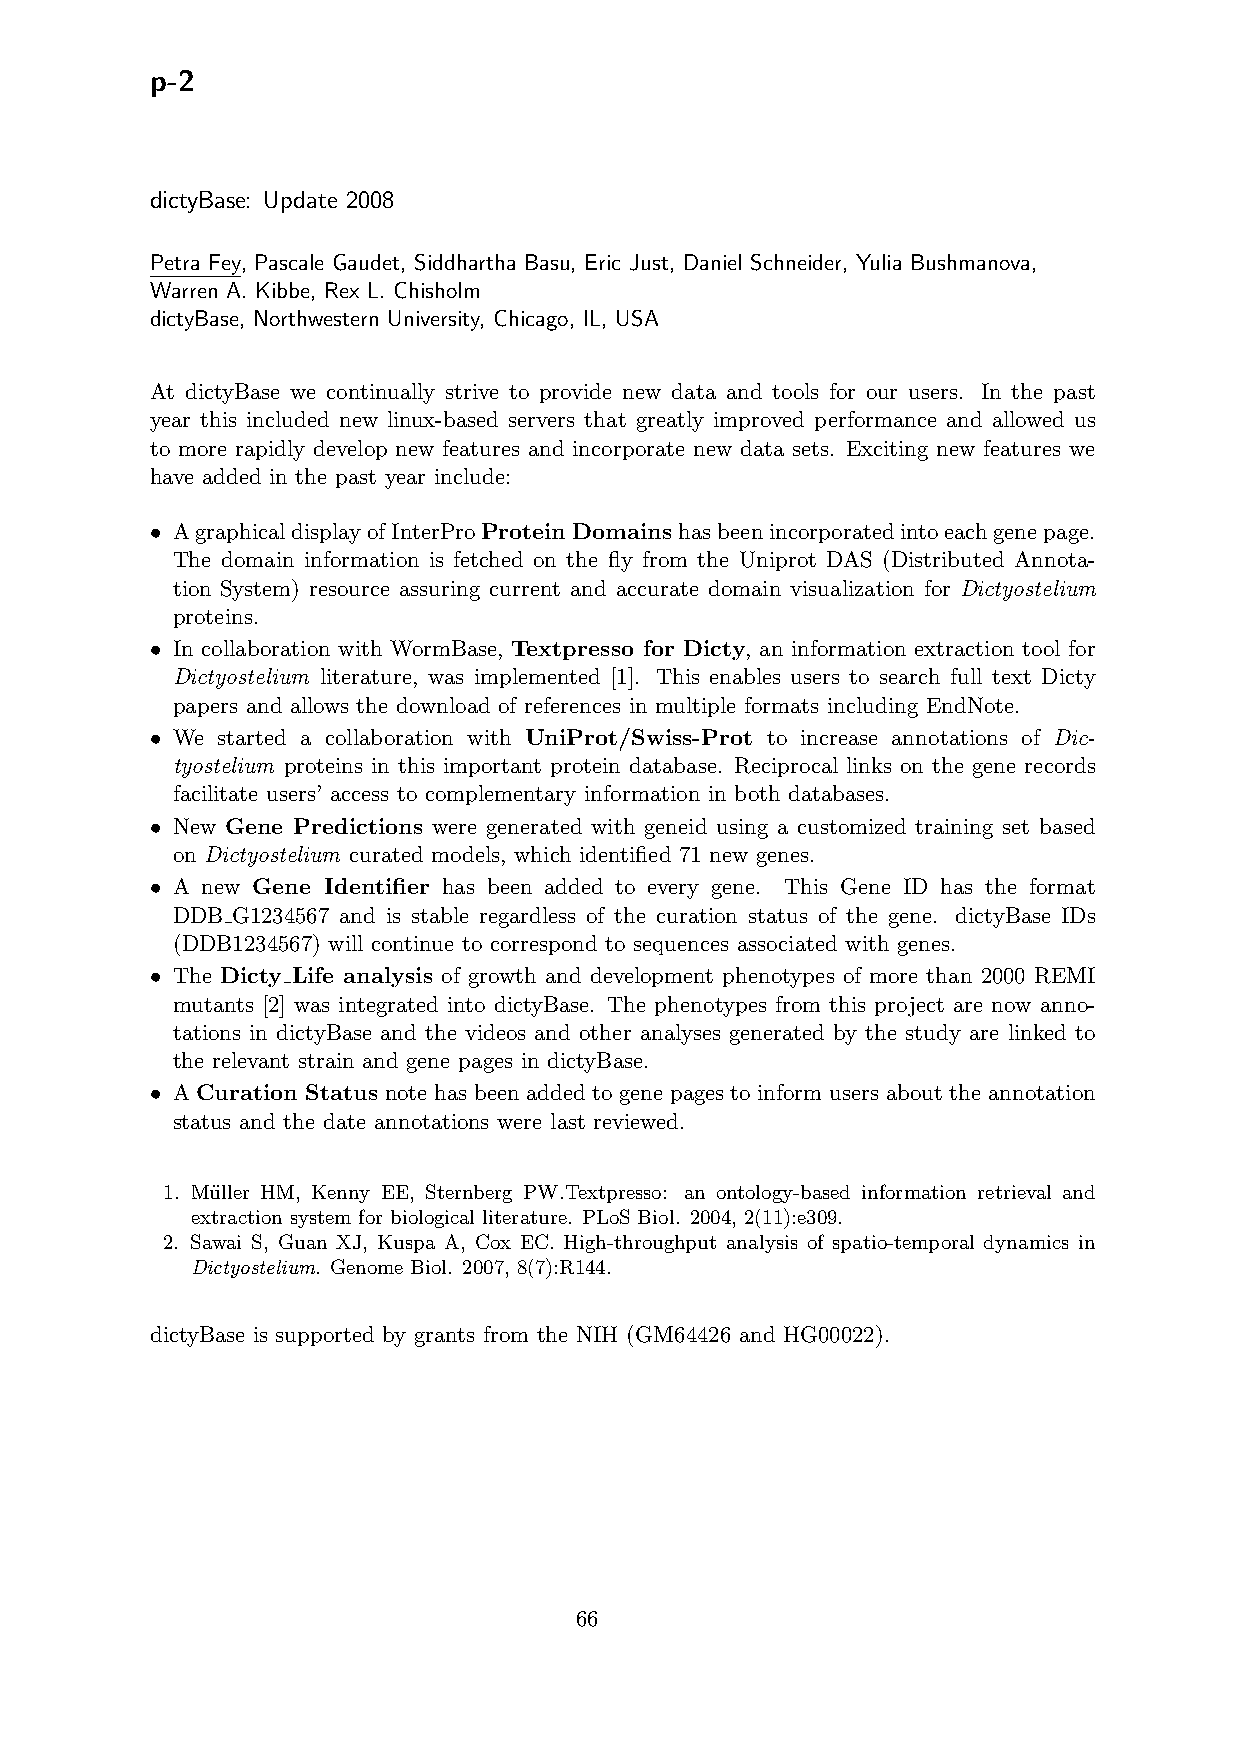
p-2
 dictyBase: Update 2008
 Petra Fey, Pascale Gaudet, Siddhartha Basu, Eric Just, Daniel Schneider, Yulia Bushmanova,
 Warren A. Kibbe, Rex L. Chisholm
 dictyBase, Northwestern University, Chicago, IL, USA
 At dictyBase we continually strive to provide new data and tools for our users. In the past
 year this included new linux-based servers that greatly improved performance and allowed us
 to more rapidly develop new features and incorporate new data sets. Exciting new features we
 have added in the past year include:
 • AgraphicaldisplayofInterProProtein Domainshasbeenincorporatedintoeachgenepage.
 The domain information is fetched on the fly from the Uniprot DAS (Distributed Annota-
 tion System) resource assuring current and accurate domain visualization for Dictyostelium
 proteins.
 • In collaboration with WormBase, Textpresso for Dicty, an information extraction tool for
 Dictyostelium literature, was implemented [1]. This enables users to search full text Dicty
 papers and allows the download of references in multiple formats including EndNote.
 • We started a collaboration with UniProt/Swiss-Prot to increase annotations of Dic-
 tyostelium proteins in this important protein database. Reciprocal links on the gene records
 facilitate users’ access to complementary information in both databases.
 • New Gene Predictions were generated with geneid using a customized training set based
 on Dictyostelium curated models, which identified 71 new genes.
 • A new Gene Identifier has been added to every gene. This Gene ID has the format
 DDB G1234567 and is stable regardless of the curation status of the gene. dictyBase IDs
 (DDB1234567) will continue to correspond to sequences associated with genes.
 • The Dicty Life analysis of growth and development phenotypes of more than 2000 REMI
 mutants [2] was integrated into dictyBase. The phenotypes from this project are now anno-
 tations in dictyBase and the videos and other analyses generated by the study are linked to
 the relevant strain and gene pages in dictyBase.
 • A Curation Status note has been added to gene pages to inform users about the annotation
 status and the date annotations were last reviewed.
 1. Mu¨ller HM, Kenny EE, Sternberg PW.Textpresso: an ontology-based information retrieval and
 extraction system for biological literature. PLoS Biol. 2004, 2(11):e309.
 2. Sawai S, Guan XJ, Kuspa A, Cox EC. High-throughput analysis of spatio-temporal dynamics in
 Dictyostelium. Genome Biol. 2007, 8(7):R144.
 dictyBase is supported by grants from the NIH (GM64426 and HG00022).
 66